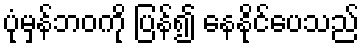
ပုံမှန်ဘဝကို ပြန်၍ နေနိုင်ပေသည်